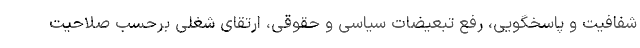
شفافیت و پاسخگویی، رفع تبعیضات سیاسی و حقوقی، ارتقای شغلی برحسب صلاحیت